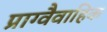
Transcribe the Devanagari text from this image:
प्राग्वैवाहिक